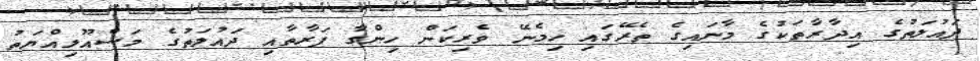
ދައުލަތުގެ އިދާރާތަކުގެ މާނައިގެ ތެރޭގައި ހިމެނޭ ވެރިކަން ހިންގާ ފަރާތާއި ދައުލަތުގެ މަސްއޫލިއްޔަތު